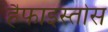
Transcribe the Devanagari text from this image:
हैफाइस्तोस